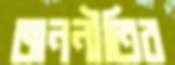
জননীতির